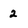
Character: 2